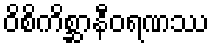
ဝိစိကိစ္ဆာနီဝရဏဿ